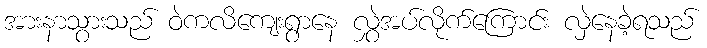
အားနာသွားသည် ဝဲကလိကျေးရွာနေ လွှဲအပ်လိုက်ကြောင်း လှဲနေခဲ့ရသည်